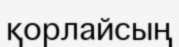
қорлайсың